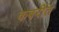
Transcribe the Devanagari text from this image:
कबरीत